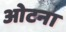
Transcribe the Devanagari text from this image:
ओटना